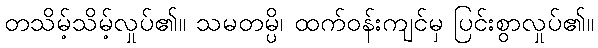
တသိမ့်သိမ့်လှုပ်၏။ သမတမ္ပိ၊ ထက်ဝန်းကျင်မှ ပြင်းစွာလှုပ်၏။